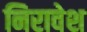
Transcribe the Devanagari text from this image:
निरावेश